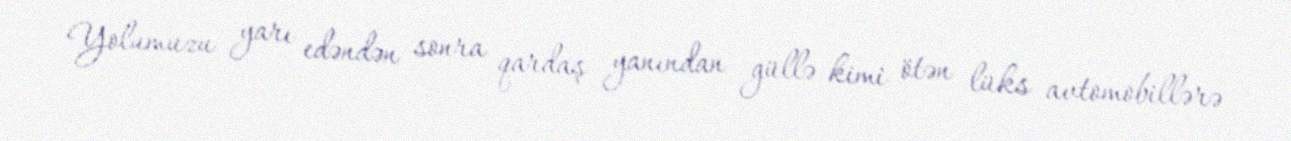
Yolumuzu yarı edəndən sonra qardaş yanından güllə kimi ötən lüks avtomobillərə